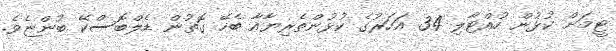
ޓީމަށް ކުޅުން ހުއްޓާލި 34 އަހަރުގެ ކުޅުންތެރިޔާއާ ބެހޭ ގޮތުން ޑެލްބޮސްކޭ ބުންޏެވެ.